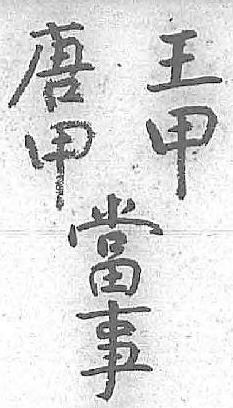
王唐當甲甲事